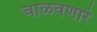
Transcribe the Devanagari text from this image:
चाळवणारे